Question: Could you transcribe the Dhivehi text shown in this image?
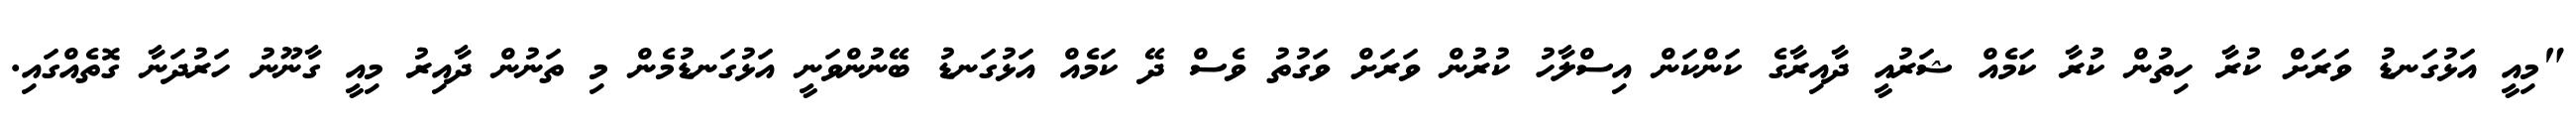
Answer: "މިއީ އަޅުގަނޑު ވަރަށް ކުރާ ހިތުން ކުރާ ކަމެއް ޝަރުއީ ދާއިރާގެ ކަންކަން އިސްލާހު ކުރުން ވަރަށް ވަގުތު ވެސް ދޭ ކަމެއް އަޅުގަނޑު ބޭނުންވަނީ އަޅުގަނޑުމެން މި ތަނުން ދާއިރު މިއީ ގާނޫނު ހަރުދަނާ ގޮތެއްގައި.